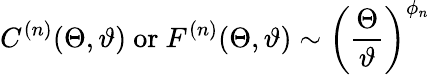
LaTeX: C^{(n)}(\Theta,\vartheta)~\mathrm{or}~F^{(n)}(\Theta,\vartheta)\sim\left(\frac{\Theta}{\vartheta}\right)^{\phi_{n}}